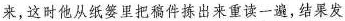
来，这时他从纸篓里把稿件拣出来重读一遍，结果发